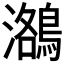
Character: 𪃕